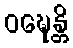
ဝဍ္ဎေန္တိ